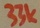
Text: 33k